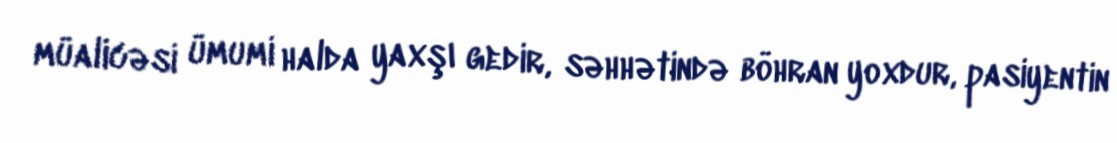
müalicəsi ümumi halda yaxşı gedir, səhhətində böhran yoxdur, pasiyentin